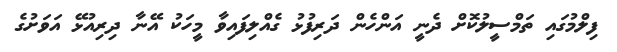
ފިލްމުގައި ތަމްސީލުކޮށް ދެނީ އަންހެން ދަރިފުޅު ގެއްލިފައިވާ މީހަކު އޭނާ ދިރިއުޅޭ އަވަށުގެ